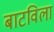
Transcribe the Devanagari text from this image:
बाटविला